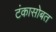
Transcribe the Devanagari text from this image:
टंकासोबत